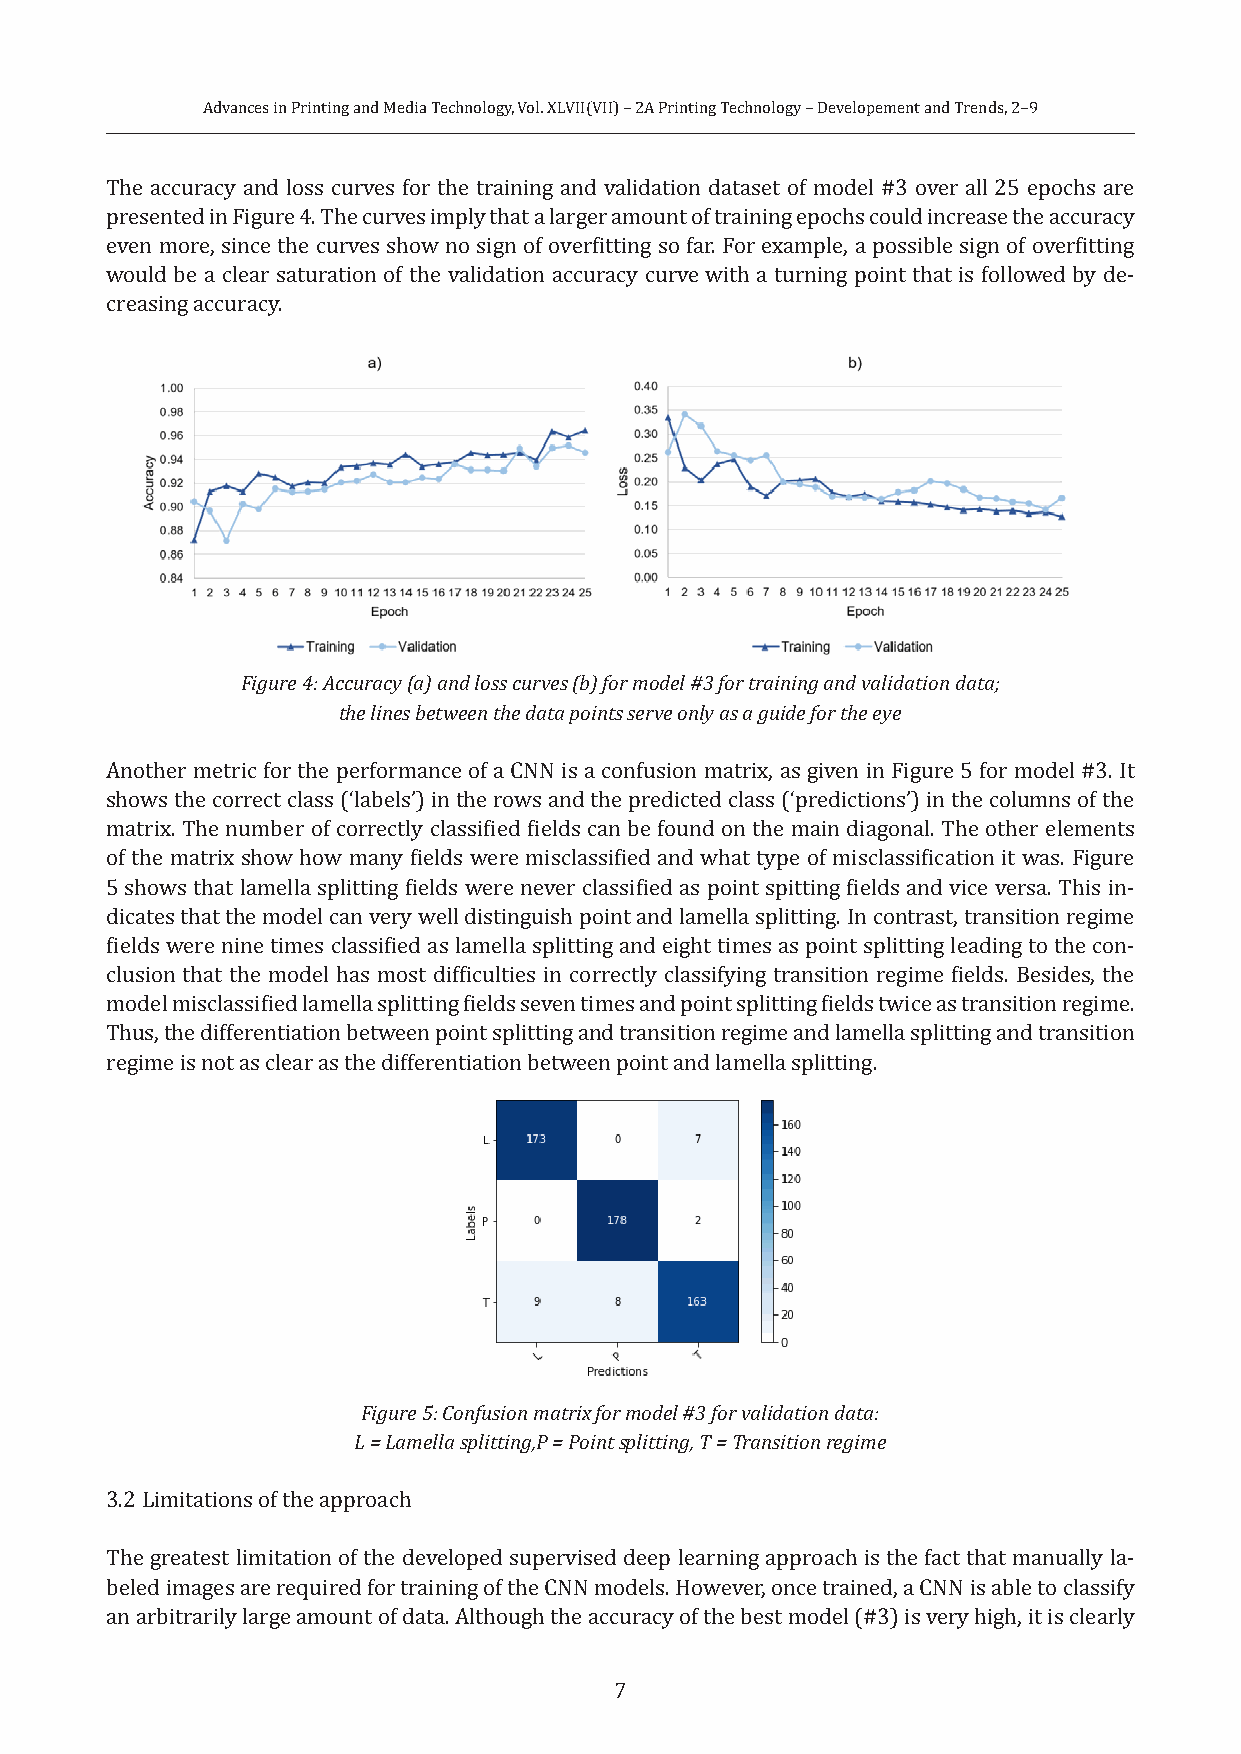
Advances in Printing and Media Technology, Vol. XLVII(VII) – 2A Printing Technology – Developement and Trends, 2–9
 The accuracy and loss curves for the training and validation dataset of model #3 over all 25 epochs are
 presented in Figure 4. The curves imply that a larger amount of training epochs could increase the accuracy
 even more, since the curves show no sign of overfitting so far. For example, a possible sign of overfitting
 would be a clear saturation of the validation accuracy curve with a turning point that is followed by de-
 creasing accuracy.
 Figure 4: Accuracy (a) and loss curves (b) for model #3 for training and validation data;
 the lines between the data points serve only as a guide for the eye
 Another metric for the performance of a CNN is a confusion matrix, as given in Figure 5 for model #3. It
 shows the correct class (‘labels’) in the rows and the predicted class (‘predictions’) in the columns of the
 matrix. The number of correctly classified fields can be found on the main diagonal. The other elements
 of the matrix show how many fields were misclassified and what type of misclassification it was. Figure
 5 shows that lamella splitting fields were never classified as point spitting fields and vice versa. This in-
 dicates that the model can very well distinguish point and lamella splitting. In contrast, transition regime
 fields were nine times classified as lamella splitting and eight times as point splitting leading to the con-
 clusion that the model has most difficulties in correctly classifying transition regime fields. Besides, the
 model misclassified lamella splitting fields seven times and point splitting fields twice as transition regime.
 Thus, the differentiation between point splitting and transition regime and lamella splitting and transition
 regime is not as clear as the differentiation between point and lamella splitting.
 Figure 5: Confusion matrix for model #3 for validation data:
 L = Lamella splitting,P = Point splitting, T = Transition regime
 3.2 Limitations of the approach
 The greatest limitation of the developed supervised deep learning approach is the fact that manually la-
 beled images are required for training of the CNN models. However, once trained, a CNN is able to classify
 an arbitrarily large amount of data. Although the accuracy of the best model (#3) is very high, it is clearly
 7